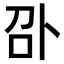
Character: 𠧙